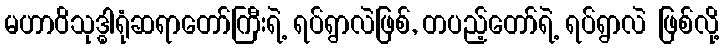
မဟာဝိသုဒ္ဓါရုံဆရာတော်ကြီးရဲ့ ရပ်ရွာလဲဖြစ်, တပည့်တော်ရဲ့ ရပ်ရွာလဲ ဖြစ်လို့